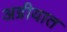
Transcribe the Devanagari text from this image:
अग्रीयात